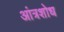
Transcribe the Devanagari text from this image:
आंत्रशोध